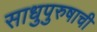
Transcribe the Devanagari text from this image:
साधुपुरुषाची